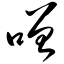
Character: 噌